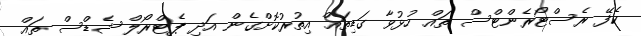
ކެފޭ ރެސްޓޯރެންޓްސް ތައް ހުޅުވާ ގަޑިތައް އިތުރުކޮށްގެން އަދި ޕެޓްރޯލް ޝެޑްސް ތައް